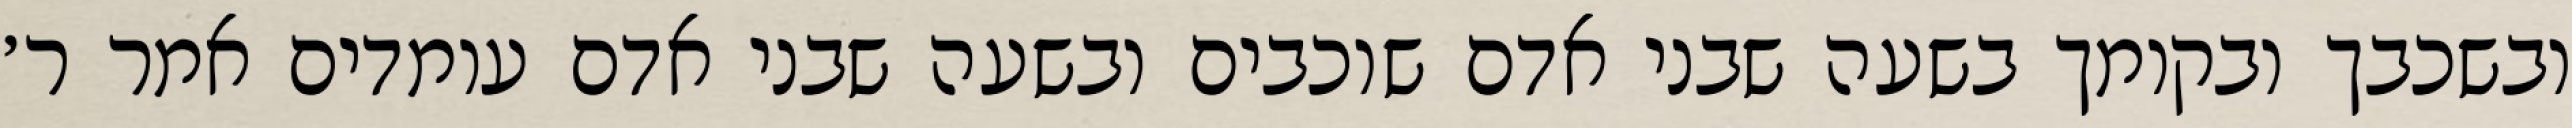
ובשכבך ובקומך בשעה שבני אדם שוכבים ובשעה שבני אדם עומדים אמר ר׳